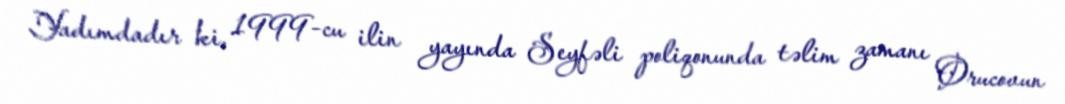
Yadımdadır ki, 1999-cu ilin yayında Seyfəli poliqonunda təlim zamanı Orucovun